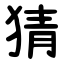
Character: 猜